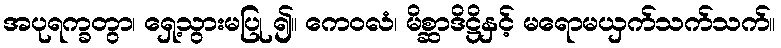
အပုရက္ခတွာ၊ ရှေ့သွားမပြု ၍။ ကေဝလံ၊ မိစ္ဆာဒိဋ္ဌိနှင့် မရောမယှက်သက်သက်။